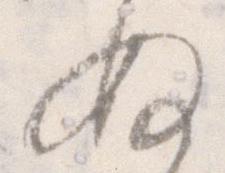
ぬ